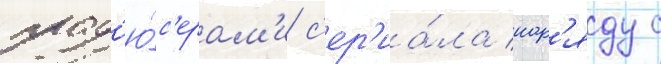
прод'ю́с'ерам'и с'ер'иа́ла нар'яду с